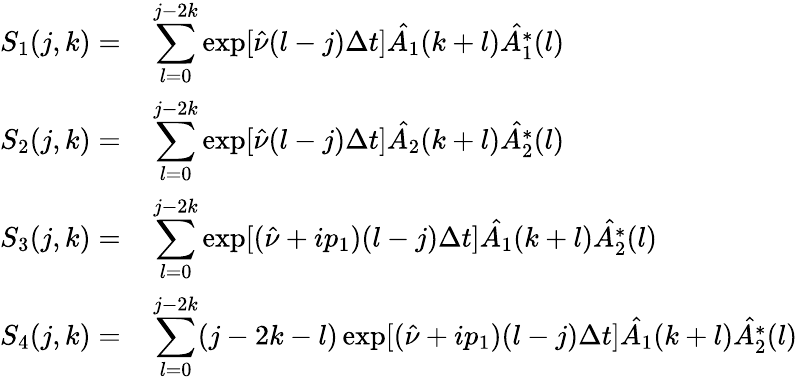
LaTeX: \begin{array}{rl}{S_{1}(j,k)=}&{{}\displaystyle\sum_{l=0}^{j-2k}\exp[\hat{\nu}(l-j)\Delta t]\hat{A_{1}}(k+l)\hat{A_{1}^{*}}(l)}\\ {S_{2}(j,k)=}&{{}\displaystyle\sum_{l=0}^{j-2k}\exp[\hat{\nu}(l-j)\Delta t]\hat{A_{2}}(k+l)\hat{A_{2}^{*}}(l)}\\ {S_{3}(j,k)=}&{{}\displaystyle\sum_{l=0}^{j-2k}\exp[(\hat{\nu}+ip_{1})(l-j)\Delta t]\hat{A_{1}}(k+l)\hat{A_{2}^{*}}(l)}\\ {S_{4}(j,k)=}&{{}\displaystyle\sum_{l=0}^{j-2k}(j-2k-l)\exp[(\hat{\nu}+ip_{1})(l-j)\Delta t]\hat{A_{1}}(k+l)\hat{A_{2}^{*}}(l)}\end{array}